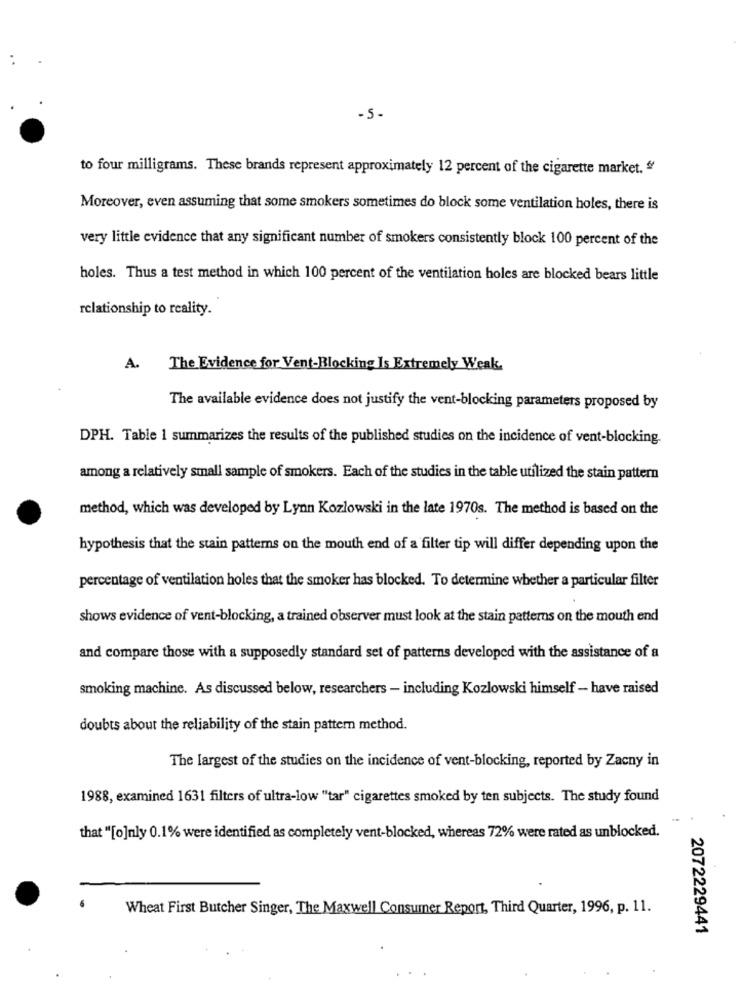
-5-
to four milligrams. These brands represent approximately 12 percent of the cigarette market. "
Moreover, even assuming that some smokers sometimes do block some ventilation holes, there is
very little evidence that any significant number of smokers consistently block 100 percent of the
holes. Thus a test method in which 100 percent of the ventilation holes are blocked bears little
relationship to reality.
A.
The Evidence for Vent-Blocking Is Extremely Weak.
The available evidence does not justify the vent-blocking parameters proposed by
DPH. Table 1 summarizes the results of the published studies on the incidence of vent-blocking.
among a relatively small sample of smokers. Each of the studies in the table utilized the stain pattern
method, which was developed by Lynn Kozlowski in the late 1970s. The method is based on the
hypothesis that the stain patterns on the mouth end of a filter tip will differ depending upon the
percentage of ventilation holes that the smoker has blocked. To determine whether a particular filter
shows evidence of vent-blocking, a trained observer must look at the stain patterns on the mouth end
and compare those with a supposedly standard set of patterns developed with the assistance of a
smoking machine. As discussed below, researchers - including Kozlowski himself - have raised
doubts about the reliability of the stain pattern method.
The largest of the studies on the incidence of vent-blocking, reported by Zacny in
1988, examined 1631 filters of ultra-low "tar" cigarettes smoked by ten subjects. The study found
that "[o]nly 0.1% were identified as completely vent-blocked, whereas 72% were rated as unblocked.
Wheat First Butcher Singer, The Maxwell Consumer Report, Third Quarter, 1996, p. 11.
2072229441